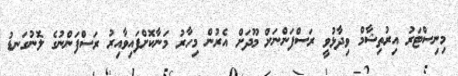
މިނިސްޓަރު އިރުތިޝާމް ވިދާޅުވީ ރަސްފަންނަށް މޫދަށް އެރުން މިހާރު މަނާކޮށްފައިވާއިރު ރަސްފަންނުގެ ލޮނުގަނޑު